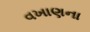
વખાણના